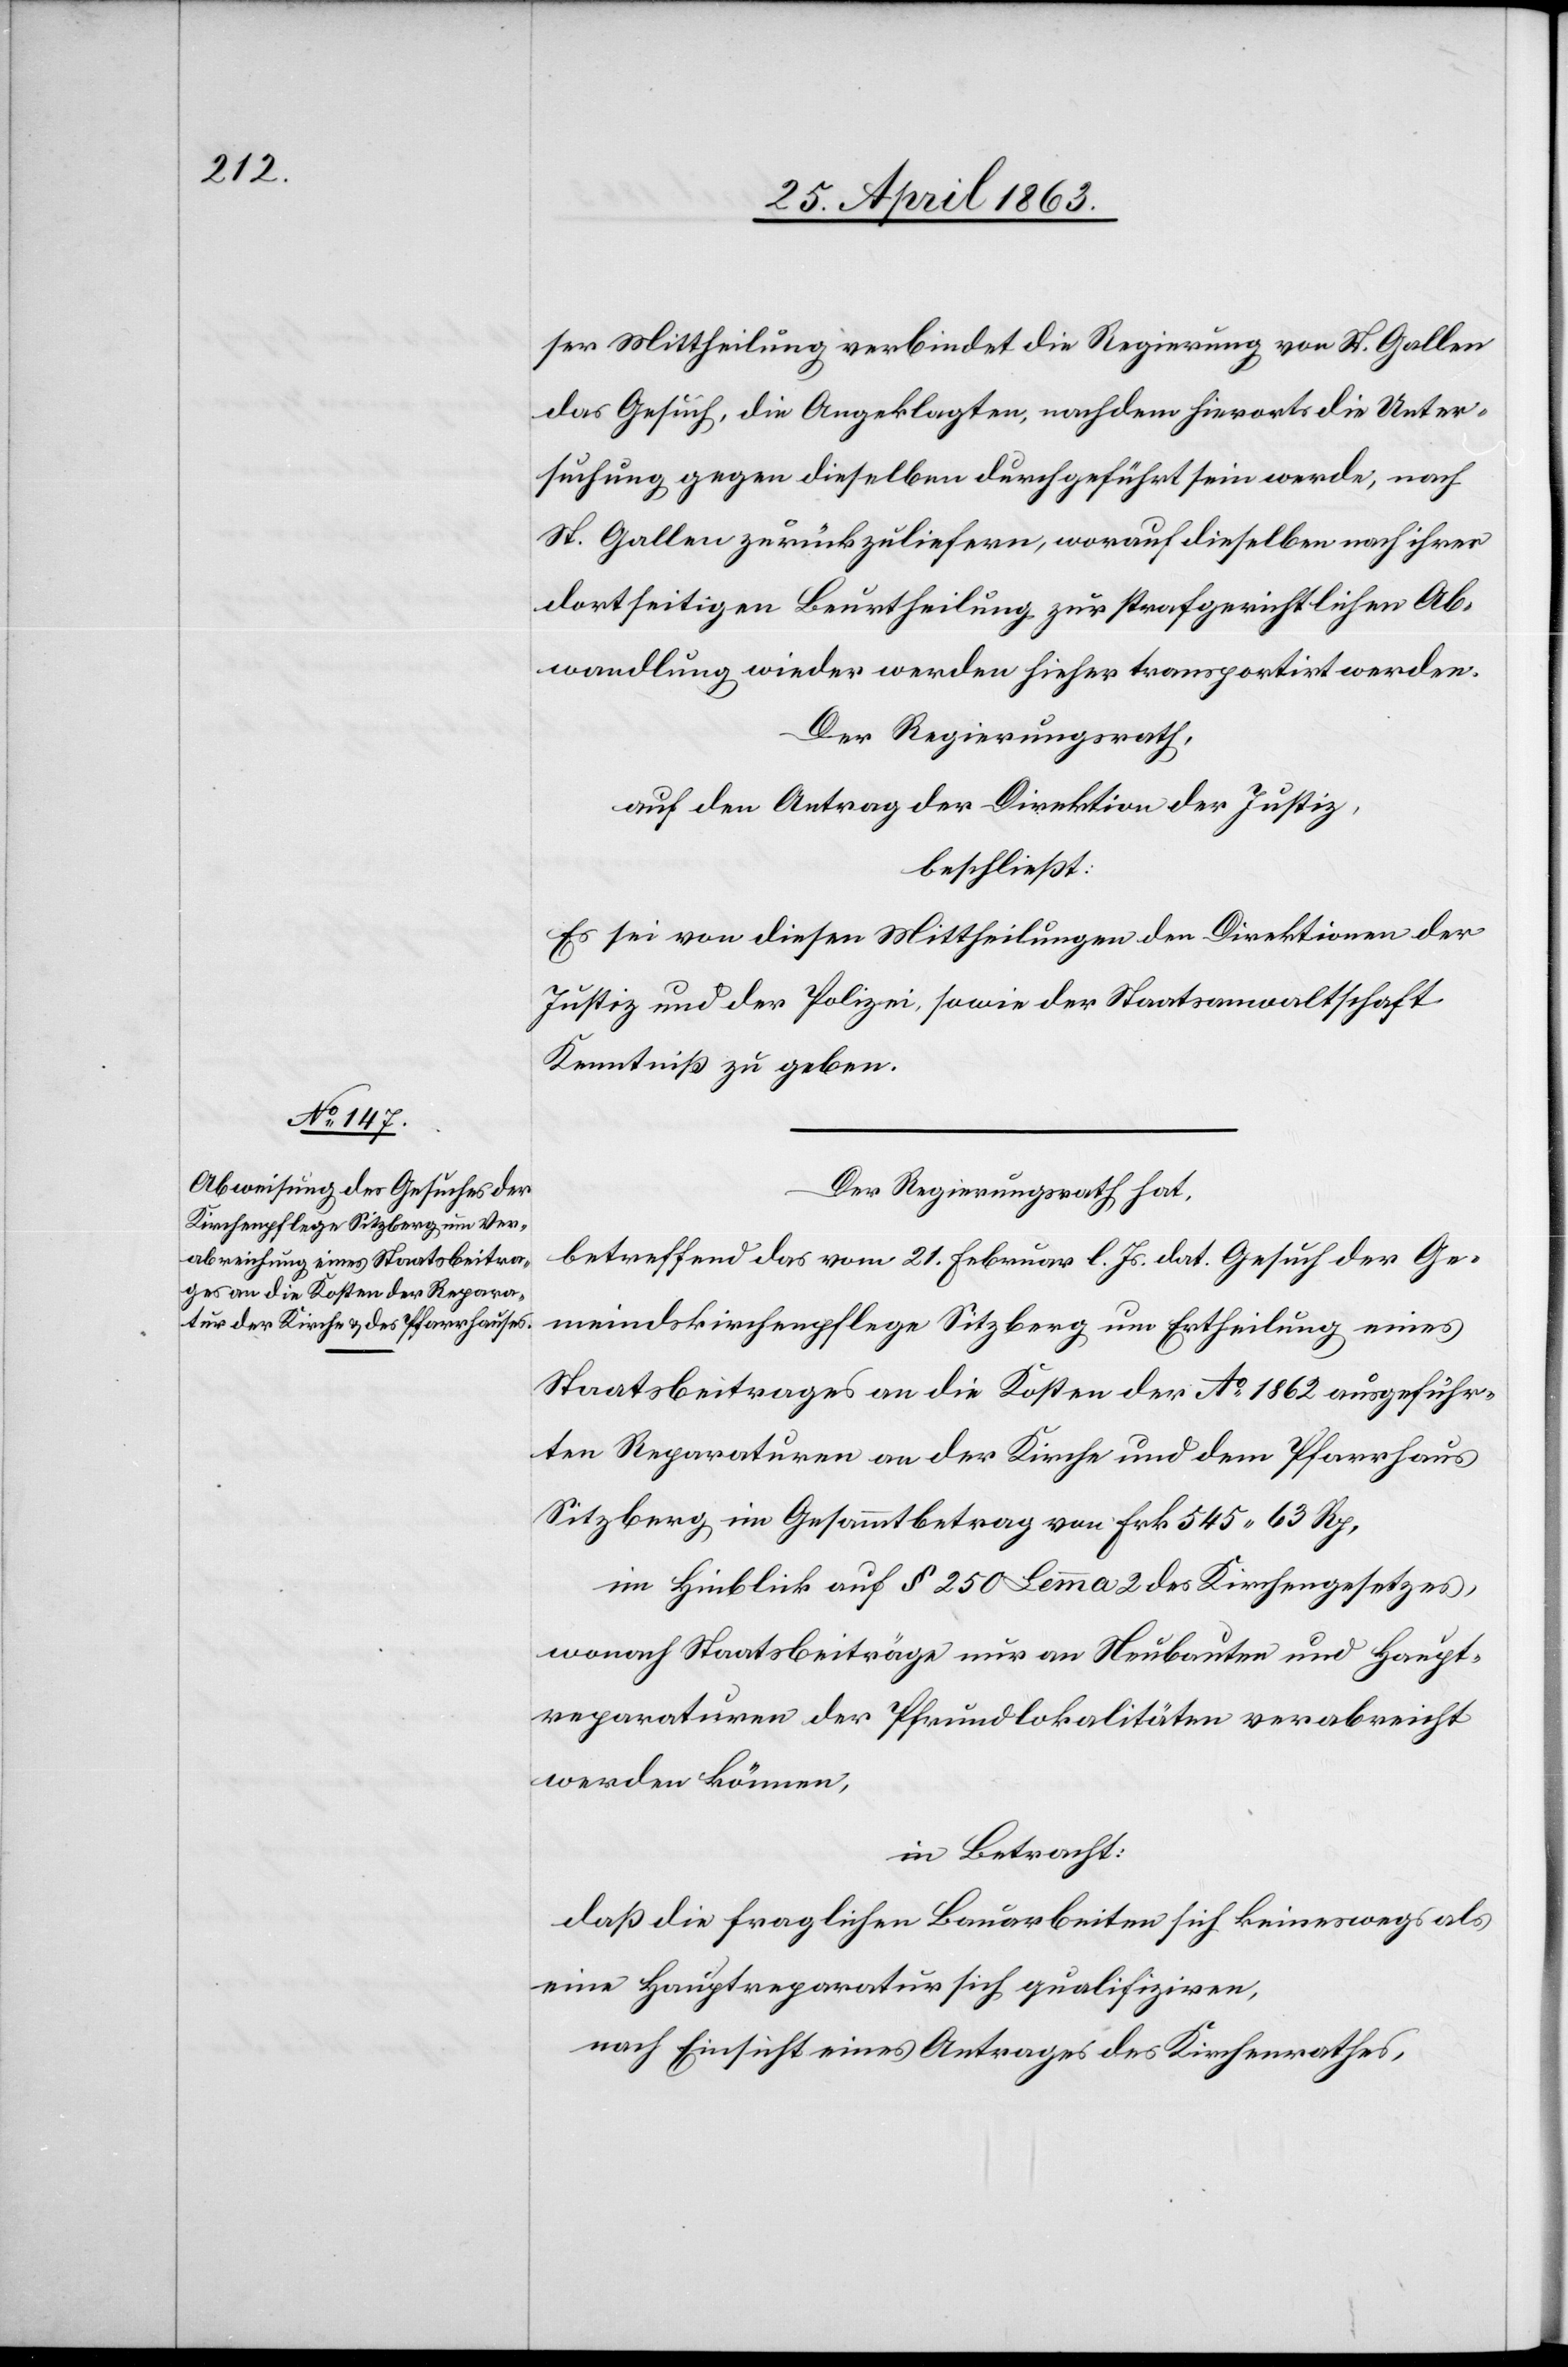
ser Mittheilung verbindet die Regierung von St. Gallen
das Gesuch, die Angeklagten, nachdem hierorts die Unter¬
suchung gegen dieselben durchgeführt sein werde, nach
St. Gallen zurückzuliefern, worauf dieselben nach ihrer
dortseitigen Beurtheilung zur strafgerichtlichen Ab¬
wandlung wieder werden hieher transportirt werden.
Der Regierungsrath,
auf den Antrag der Direktion der Justiz,
beschließt:
Es sei von diesen Mittheilungen den Direktionen der
Justiz und der Polizei, sowie der Staatsanwaltschaft
Kenntniß zu geben.
Der Regierungsrath hat,
betreffend das vom 21. Februar l. Js. dat. Gesuch der Ge¬
meindskirchenpflege Sitzberg um Ertheilung eines
Staatsbeitrages an die Kosten der Ao 1862 ausgeführ¬
ten Reparaturen an der Kirche und dem Pfarrhaus
Sitzberg im Gesammtbetrag von Fr. 545. 63 Rp.
im Hinblick auf § 250 Lemma 2 des Kirchengesetzes,
wonach Staatsbeiträge nur an Neubauten und Haupt¬
reparaturen der Pfrundlokalitäten verabreicht
werden können,
in Betracht:
daß die fraglichen Bauarbeiten sich keineswegs als
eine Hauptreparatur sich [sic!] qualifiziren,
nach Einsicht eines Antrages des Kirchenrathes,